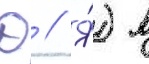
Д // Я́) в